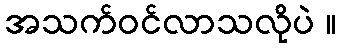
အသက်ဝင်လာသလိုပဲ ။